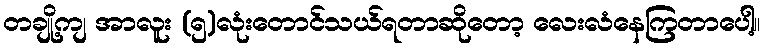
တချို့ကျ အာလူး (၅)လုံးတောင်သယ်ရတာဆိုတော့ လေးလံနေကြတာပေါ့။